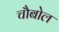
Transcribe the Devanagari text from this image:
चौबोल